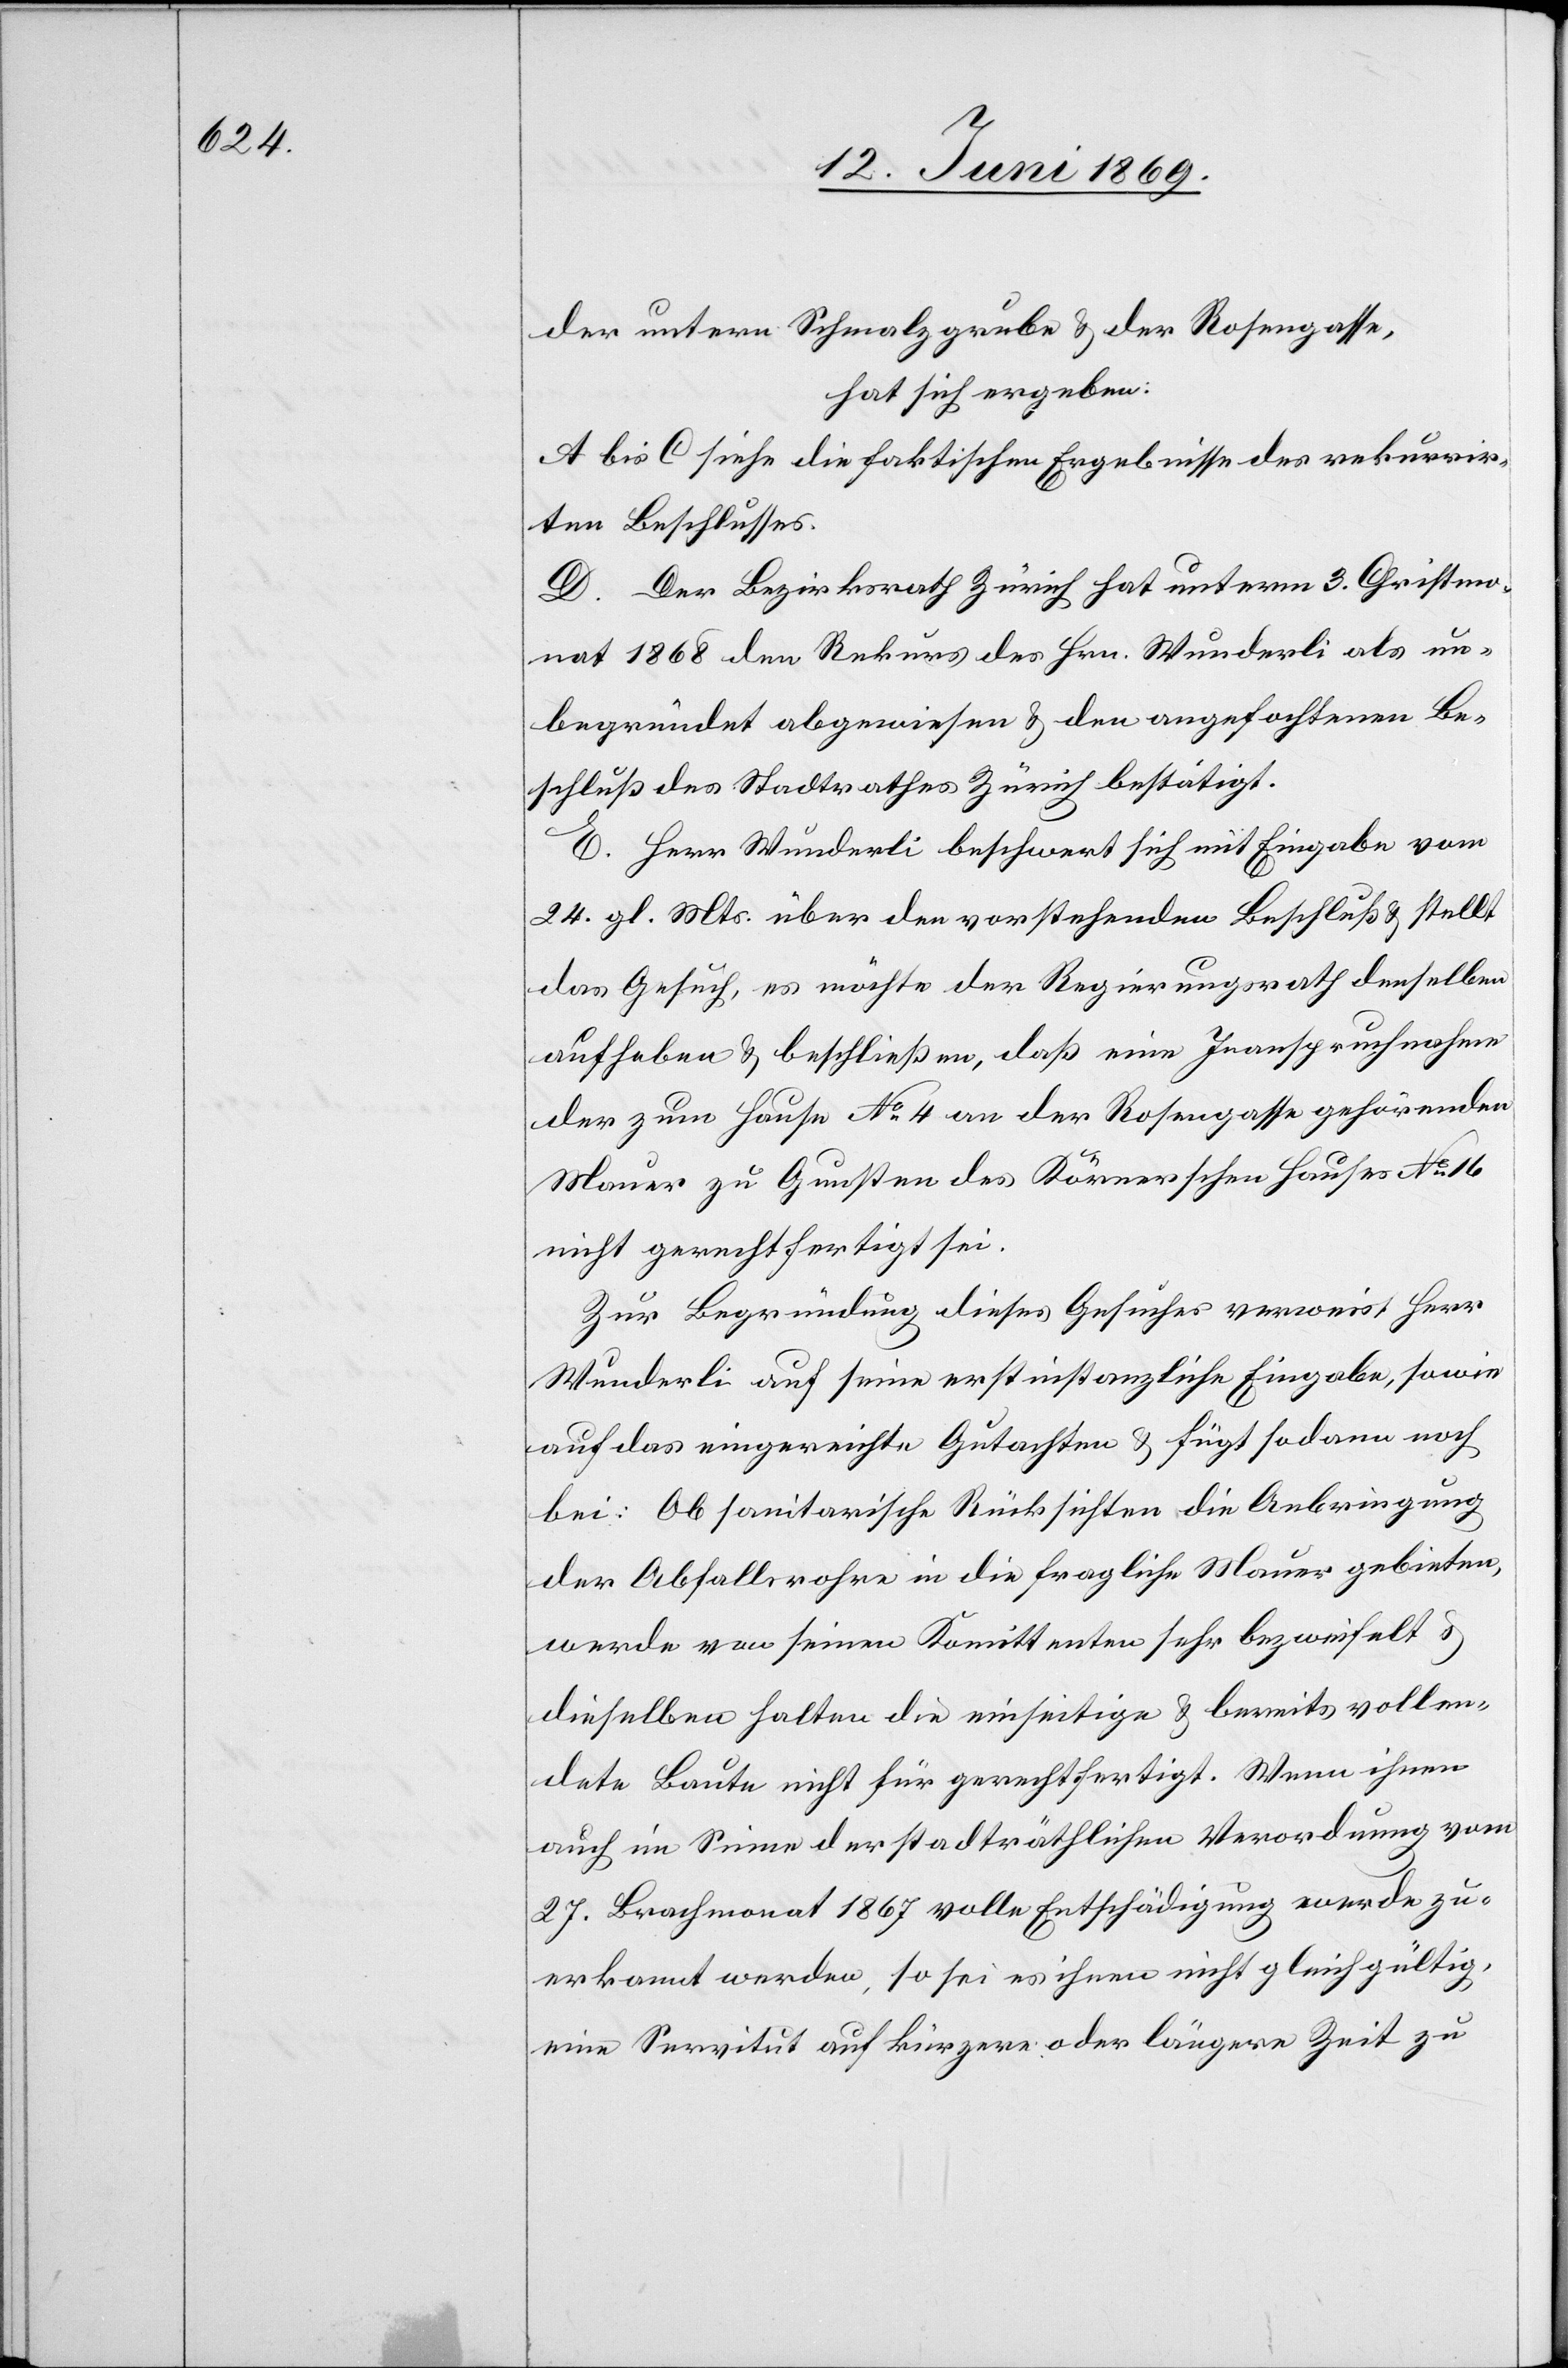
der untern Schmalzgrube u. der Rosengasse,
hat sich ergeben:
A bis C siehe die faktischen Ergebnisse des rekurrir¬
ten Beschlusses.
D. Der Bezirksrath Zürich hat unterm 3. Christmo¬
nat 1868 den Rekurs des Hrn. Wunderli als un¬
begründet abgewiesen u. den angefochtenen Be¬
schluß des Stadtrathes Zürich bestätigt.
E. Herr Wunderli beschwert sich mit Eingabe vom
24. gl. Mts. über den vorstehenden Beschluß u. stellt
das Gesuch, es möchte der Regierungsrath denselben
aufheben u. beschließen, daß eine Inanspruchnahme
der zum Hause No 4 an der Rosengasse gehörenden
Maue zu Gunsten des Körnerschen Hauses No 16
nicht gerechtfertigt sei.
Zur Begründung dieses Gesuches verweist Herr
Wunderli auf seine erstinstanzliche Eingabe, sowie
auf das eingereichte Gutachten u. fügt sodann noch
bei: Ob sanitarische Rücksichten die Anbringung
der Abfallrohre in die fragliche Mauer gebieten,
werde von seinem Komittenten sehr bezweifelt u.
dieselben halten die einseitige u. bereits vollen¬
dete Baute nicht für gerechtfertigt. Wenn ihnen
auch im Sinne der stadträthlichen Verordnung vom
27. Brachmonat 1867 volle Entschädigung werde zu¬
erkannt werden, so sei es ihnen nicht gleichgültig,
eine Servitut auf kürzere oder längere Zeit zu